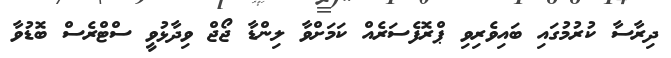
ދިރާސާ ކުރުމުގައި ބައިވެރިވި ޕްރޮފެސަރެއް ކަމަށްވާ ލިންޑާ ޖޯޖް ވިދާޅުވީ ސްޓްރެސް ބޮޑުވާ